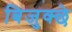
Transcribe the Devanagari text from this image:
बिजुक्छे